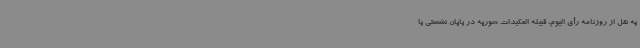
به نقل از روزنامه رأی الیوم، قبیله العکیدات سوریه در پایان نشستی با